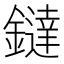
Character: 鐽